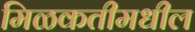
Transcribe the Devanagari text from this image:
मिळकतीमधील